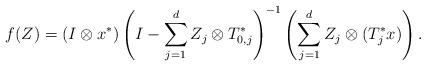
LaTeX: \begin{align*}f(Z) = (I \otimes x^*) \left(I - \sum_{j=1}^d Z_j \otimes T_{0,j}^*\right)^{-1}\left(\sum_{j=1}^d Z_j \otimes (T_j^* x)\right).\end{align*}